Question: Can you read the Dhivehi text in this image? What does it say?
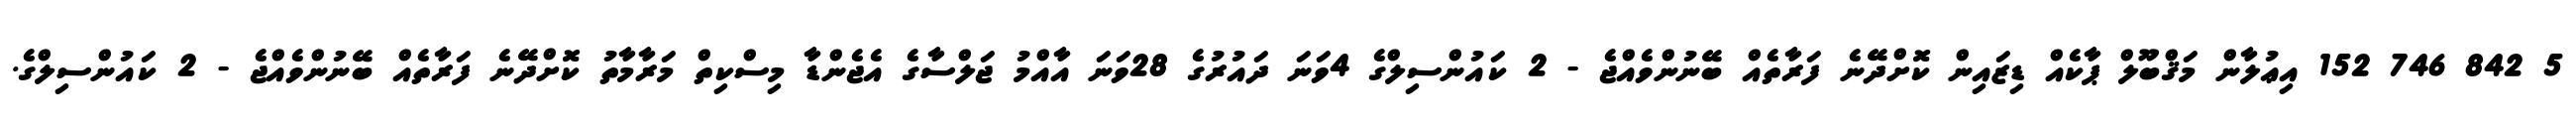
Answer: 5 842 746 152 އިޢުލާން މަޤްބޫލް ޕާކެއް ޑިޒައިން ކޮށްދޭނެ ފަރާތެއް ބޭނުންވެއްޖެ - 2 ކައުންސިލްގެ 4ވަނަ ދައުރުގެ 28ވަނަ އާއްމު ޖަލްސާގެ އެޖެންޑާ މިސްކިތް މަރާމާތު ކޮށްދޭނެ ފަރާތެއް ބޭނުންވެއްޖެ - 2 ކައުންސިލްގެ.